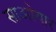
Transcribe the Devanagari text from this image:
साओयार